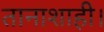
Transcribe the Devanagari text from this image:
तानाशाही।